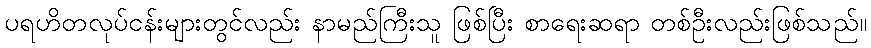
ပရဟိတလုပ်ငန်းများတွင်လည်း နာမည်ကြီးသူ ဖြစ်ပြီး စာရေးဆရာ တစ်ဦးလည်းဖြစ်သည်။